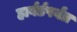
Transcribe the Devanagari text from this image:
हार्वर्डपर्यंत